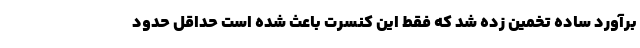
برآورد ساده تخمین زده شد که فقط این کنسرت باعث شده است حداقل حدود